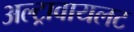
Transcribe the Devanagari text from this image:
अल्ट्रावायलट